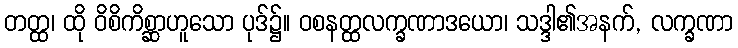
တတ္ထ၊ ထို ဝိစိကိစ္ဆာဟူသော ပုဒ်၌။ ဝစနတ္ထလက္ခဏာဒယော၊ သဒ္ဒါ၏အနက်, လက္ခဏာ